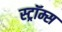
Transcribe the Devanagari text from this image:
स्ट्रॉम्स